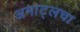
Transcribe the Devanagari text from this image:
अमाट्लचा